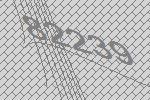
82239